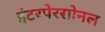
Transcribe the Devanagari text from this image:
इंटरपेरसोनल